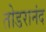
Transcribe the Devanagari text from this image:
तोडरानंद